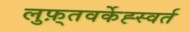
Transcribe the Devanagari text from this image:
लुफ़्तवर्केह्स्वर्त